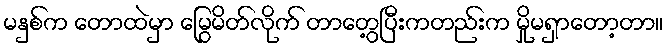
မနှစ်က တောထဲမှာ မြွေမိတ်လိုက် တာတွေ့ပြီးကတည်းက မှိုမရှာတော့တာ။